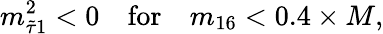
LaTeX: m_{\tilde{\tau}1}^{2}<0\quad\mathrm{for}\quad m_{16}<0.4\times M,